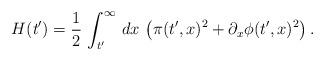
LaTeX: \begin{align*}H(t') = {1 \over 2} \, \int_{t'}^{\infty}\, dx\, \left( \pi(t',x)^2 + \partial_x\phi(t',x)^2\right).\end{align*}